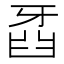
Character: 𤘍